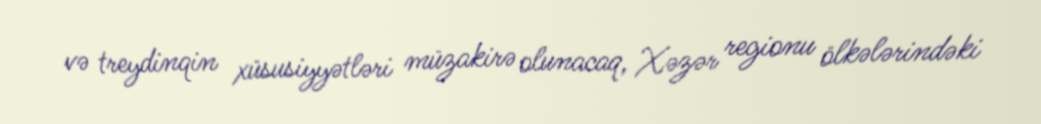
və treydinqin xüsusiyyətləri müzakirə olunacaq, Xəzər regionu ölkələrindəki